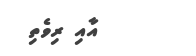
އާއި ރިވެތި